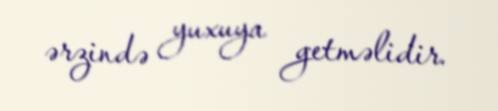
ərzində yuxuya getməlidir.